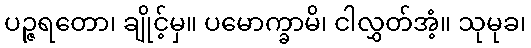
ပဉ္ဇရတော၊ ချိုင့်မှ။ ပမောက္ခာမိ၊ ငါလွှတ်အံ့။ သုမုခ၊